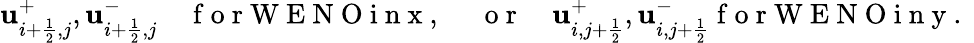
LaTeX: \mathbf u_{i+\frac{1}{2},j}^{+},\mathbf u_{i+\frac{1}{2},j}^{-}\quad\mathrm{~f~o~r~W~E~N~O~i~n~x~,~\quad~o~r~}\quad\mathbf u_{i,j+\frac{1}{2}}^{+},\mathbf u_{i,j+\frac{1}{2}}^{-}\mathrm{~f~o~r~W~E~N~O~i~n~y~.~}